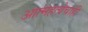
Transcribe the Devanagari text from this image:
आत्महत्येचाही